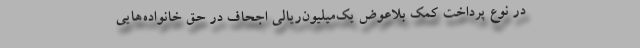
در نوع پرداخت کمک بلاعوض یک‌میلیون‌ریالی اجحاف در حق خانواده‌هایی